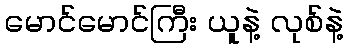
မောင်မောင်ကြီး ယူနဲ့ လုစ်နဲ့